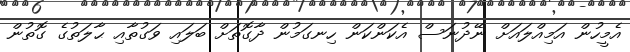
އެމީހުން އަމިއްލައަށް ނޭދުނަސް އެކަންކަން ހިނގަމުން ދާގޮތަށް ބަލައި ވަގުތާއި ޙާލަތުގެ ގޮތުން